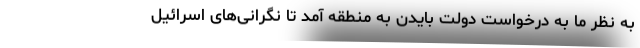
به نظر ما به درخواست دولت بایدن به منطقه آمد تا نگرانی‌های اسرائیل